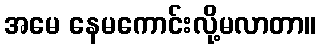
အမေ နေမကောင်းလို့မလာတာ။